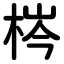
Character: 梣